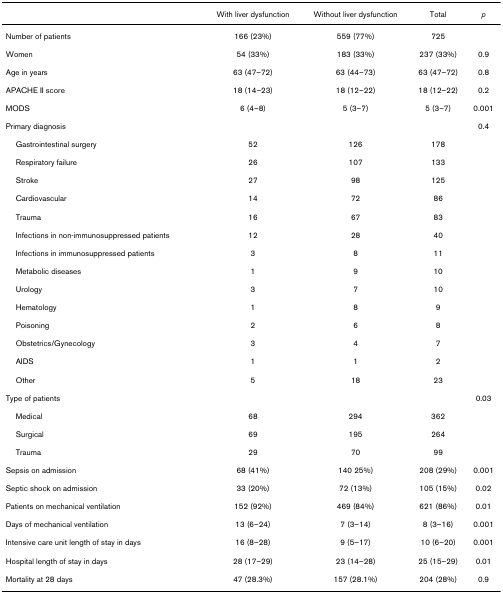
|  | With liver dysfunction | Without liver dysfunction | Total | p |
 | --- | --- | --- | --- | --- |
 | Number of patients | 166 (23%) | 559 (77%) | 725 |  |
 | Women | 54 (33%) | 183 (33%) | 237 (33%) | 0.9 |
 | Age in years | 63 (47–72) | 63 (44–73) | 63 (47–72) | 0.8 |
 | APACHE II score | 18 (14–23) | 18 (12–22) | 18 (12–22) | 0.2 |
 | MODS | 6 (4–8) | 5 (3–7) | 5 (3–7) | 0.001 |
 | Primary diagnosis |  |  |  | 0.4 |
 | Gastrointestinal surgery | 52 | 126 | 178 |  |
 | Respiratory failure | 26 | 107 | 133 |  |
 | Stroke | 27 | 98 | 125 |  |
 | Cardiovascular | 14 | 72 | 86 |  |
 | Trauma | 16 | 67 | 83 |  |
 | Infections in non-immunosuppressed patients | 12 | 28 | 40 |  |
 | Infections in immunosuppressed patients | 3 | 8 | 11 |  |
 | Metabolic diseases | 1 | 9 | 10 |  |
 | Urology | 3 | 7 | 10 |  |
 | Hematology | 1 | 8 | 9 |  |
 | Poisoning | 2 | 6 | 8 |  |
 | Obstetrics/Gynecology | 3 | 4 | 7 |  |
 | AIDS | 1 | 1 | 2 |  |
 | Other | 5 | 18 | 23 |  |
 | Type of patients |  |  |  | 0.03 |
 | Medical | 68 | 294 | 362 |  |
 | Surgical | 69 | 195 | 264 |  |
 | Trauma | 29 | 70 | 99 |  |
 | Sepsis on admission | 68 (41%) | 140 25%) | 208 (29%) | 0.001 |
 | Septic shock on admission | 33 (20%) | 72 (13%) | 105 (15%) | 0.02 |
 | Patients on mechanical ventilation | 152 (92%) | 469 (84%) | 621 (86%) | 0.01 |
 | Days of mechanical ventilation | 13 (6–24) | 7 (3–14) | 8 (3–16) | 0.001 |
 | Intensive care unit length of stay in days | 16 (8–28) | 9 (5–17) | 10 (6–20) | 0.001 |
 | Hospital length of stay in days | 28 (17–29) | 23 (14–28) | 25 (15–29) | 0.01 |
 | Mortality at 28 days | 47 (28.3%) | 157 (28.1%) | 204 (28%) | 0.9 |